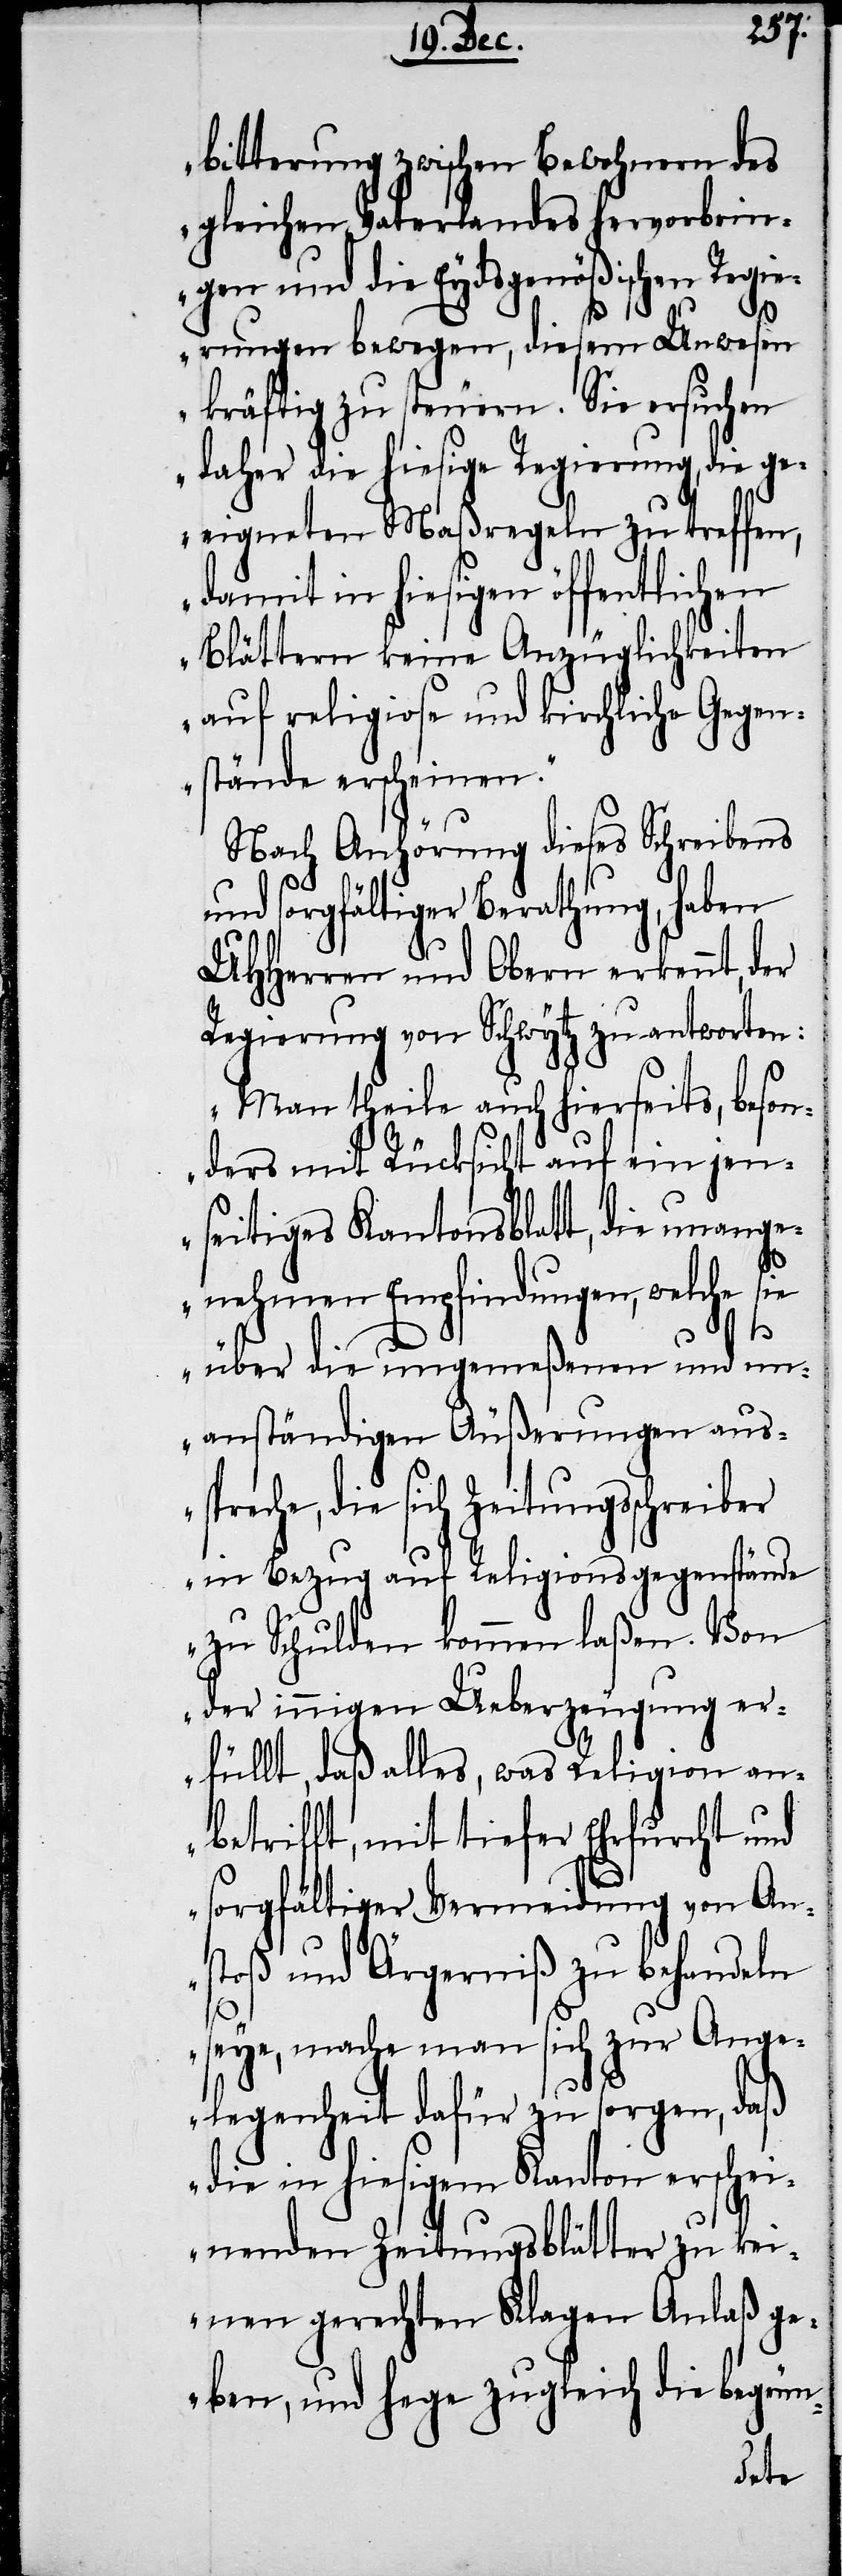
bitterung zwischen Bewohnern des
gleichen Vaterlandes hervorbrin¬
gen und die Eydsgenößischen Regi¬
erungen bewegen, diesem Unwesen
kräftig zu steuern. Sie ersuchen
daher die hiesige Regierung, die ge¬
eigneten Maßregeln zu treffen,
damit in hiesigen öffentlichen
Blättern keine Anzüglichkeiten
auf religiose und kirchliche Gegen¬
stände erscheinen.“
Nach Anhörung dieses Schreibens
und sorgfältiger Berathung, haben
UHHerren und Obern erkennt, der
Regierung von Schwytz zu antworten:
„Man theile auch hierseits, beson¬
ders mit Rücksicht auf ein jen¬
seitiges Kantonsblatt, die unange¬
nehmen Empfindungen, welche sie
über die ungemeßenen und un¬
anständigen Äußerungen aus¬
spreche, die sich Zeitungsschreiber
in Bezug auf Religionsgegenstände
zu Schulden kommen laßen. Von
der innigen Ueberzeugung er¬
füllt, daß alles, was Religion an¬
betrifft, mit tiefer Ehrfurcht und
sorgfältiger Vermeidung von An¬
stoß und Ärgerniß zu behandeln
seye, mache man sich zur Ange¬
legenheit dafür zu sorgen, daß
die in hiesigem Kanton erschei¬
nenden Zeitungsblätter zu kei¬
nen gerechten Klagen Anlaß ge¬
ben, und hege zugleich die begrün-